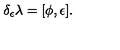
\delta _ { \epsilon } \lambda = [ \phi , \epsilon ] .